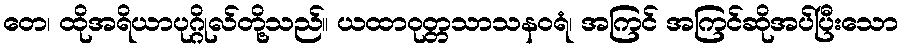
တေ၊ ထိုအရိယာပုဂ္ဂိုလ်တို့သည်။ ယထာဝုတ္တသာသနဝရံ၊ အကြင် အကြင်ဆိုအပ်ပြီးသော